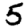
Digit: 5